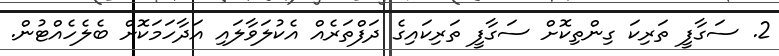
2. ސަގާފީ ތަރިކަ ގިންތިކޮށް ސަގާފީ ތަރިކައިގެ ދަފްތަރެއް އެކުލަވާލައި އަދާހަމަކޮށް ބެލެހެއްޓުން.